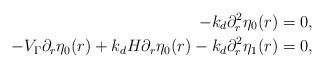
LaTeX: \begin{align*} -k_d\partial_r^2\eta_0(r) &= 0, \\ -V_\Gamma\partial_r\eta_0(r)+k_dH\partial_r\eta_0(r)-k_d\partial_r^2\eta_1(r) &= 0, \end{align*}